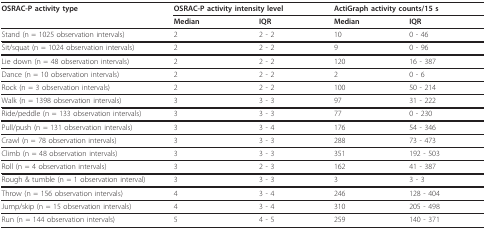
<table><thead><tr><td><b>OSRAC-P activity type</b></td><td colspan="2"><b>OSRAC-P activity intensity level</b></td><td colspan="2"><b>ActiGraph activity counts/15 s</b></td></tr><tr><td></td><td><b>Median</b></td><td><b>IQR</b></td><td><b>Median</b></td><td><b>IQR</b></td></tr></thead><tbody><tr><td>Stand (n = 1025 observation intervals)</td><td>2</td><td>2 - 2</td><td>10</td><td>0 - 46</td></tr><tr><td>Sit/squat (n = 1024 observation intervals)</td><td>2</td><td>2 - 2</td><td>9</td><td>0 - 96</td></tr><tr><td>Lie down (n = 48 observation intervals)</td><td>2</td><td>2 - 2</td><td>120</td><td>16 - 387</td></tr><tr><td>Dance (n = 10 observation intervals)</td><td>2</td><td>2 - 2</td><td>2</td><td>0 - 6</td></tr><tr><td>Rock (n = 3 observation intervals)</td><td>2</td><td>2 - 2</td><td>100</td><td>50 - 214</td></tr><tr><td>Walk (n = 1398 observation intervals)</td><td>3</td><td>3 - 3</td><td>97</td><td>31 - 222</td></tr><tr><td>Ride/peddle (n = 133 observation intervals)</td><td>3</td><td>3 - 3</td><td>77</td><td>0 - 230</td></tr><tr><td>Pull/push (n = 131 observation intervals)</td><td>3</td><td>3 - 4</td><td>176</td><td>54 - 346</td></tr><tr><td>Crawl (n = 78 observation intervals)</td><td>3</td><td>3 - 3</td><td>288</td><td>73 - 473</td></tr><tr><td>Climb (n = 48 observation intervals)</td><td>3</td><td>3 - 3</td><td>351</td><td>192 - 503</td></tr><tr><td>Roll (n = 4 observation intervals)</td><td>3</td><td>2 - 3</td><td>162</td><td>41 - 387</td></tr><tr><td>Rough &amp; tumble (n = 1 observation interval)</td><td>3</td><td>3 - 3</td><td>3</td><td>3 - 3</td></tr><tr><td>Throw (n = 156 observation intervals)</td><td>4</td><td>3 - 4</td><td>246</td><td>128 - 404</td></tr><tr><td>Jump/skip (n = 15 observation intervals)</td><td>4</td><td>3 - 4</td><td>310</td><td>205 - 498</td></tr><tr><td>Run (n = 144 observation intervals)</td><td>5</td><td>4 - 5</td><td>259</td><td>140 - 371</td></tr></tbody></table>